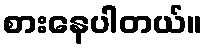
စားနေပါတယ်။